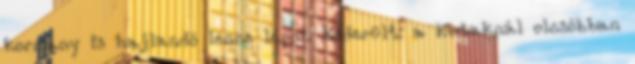
kormány is hajlandó lenne lépni. Kiderült: a kutaknál olcsóbban